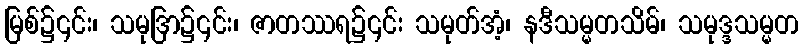
မြစ်၌၎င်း၊ သမုဒြာ၌၎င်း၊ ဇာတဿရ၌၎င်း သမုတ်အံ့၊ နဒီသမ္မတသိမ်၊ သမုဒ္ဒသမ္မတ